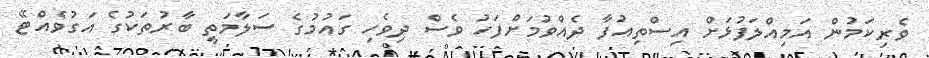
ވެރިކަމުން އަމިއްލަފުޅަށް އިސްތިއުފާ ދެއްވުމަށްފަހު ވެސް ދިވެހި ގައުމުގެ ސަލާމަތީ ބާރުތަކުގެ އަގުވެއްޓޭ